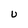
Character: U